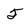
Character: 5